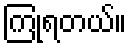
ကြုံရတယ်။